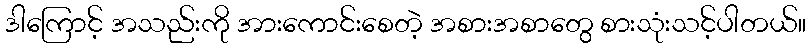
ဒါကြောင့် အသည်းကို အားကောင်းစေတဲ့ အစားအစာတွေ စားသုံးသင့်ပါတယ်။